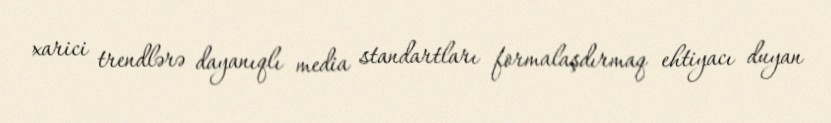
xarici trendlərə dayanıqlı media standartları formalaşdırmaq ehtiyacı duyan